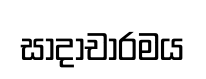
සාදාචාරමය